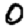
Digit: 0